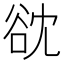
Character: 𮙌